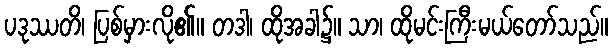
ပဒုဿတိ၊ ပြစ်မှားလို၏။ တဒါ၊ ထိုအခါ၌။ သာ၊ ထိုမင်းကြီးမယ်တော်သည်။